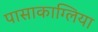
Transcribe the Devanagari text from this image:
पासाकाग्लिया